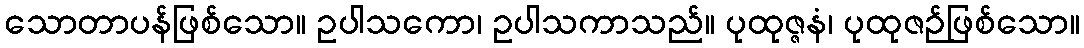
သောတာပန်ဖြစ်သော။ ဥပါသကော၊ ဥပါသကာသည်။ ပုထုဇ္ဇနံ၊ ပုထုဇဉ်ဖြစ်သော။